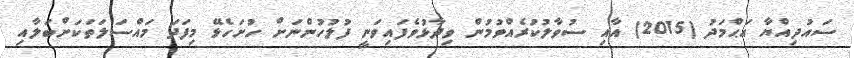
ސައުދިއްޔާ އަޙްމަދު (2015) އާއި ސުވާލުކުރެއްވުމުން ވިދާޅުވެފައިވަނީ ފުލުހުންނަށް ހުށަހެޅޭ މިފަދަ މައްސަލަތަކަށްބަލާއި